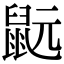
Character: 𪕀